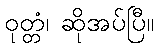
ဝုတ္တံ၊ ဆိုအပ်ပြီ။